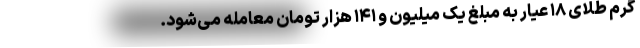
گرم طلای ۱۸ عیار به مبلغ یک میلیون و ۱۴۱ هزار تومان معامله می‌شود.